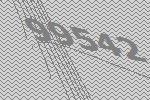
99542